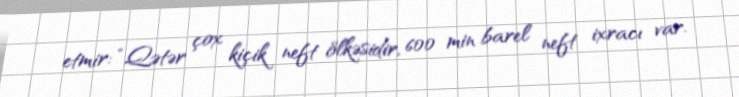
etmir: “Qətər çox kiçik neft ölkəsidir, 600 min barel neft ixracı var.